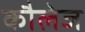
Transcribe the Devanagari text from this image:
कौलेज